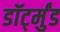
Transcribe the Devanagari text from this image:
डॉर्ट्मुंड